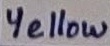
Text: Yellow